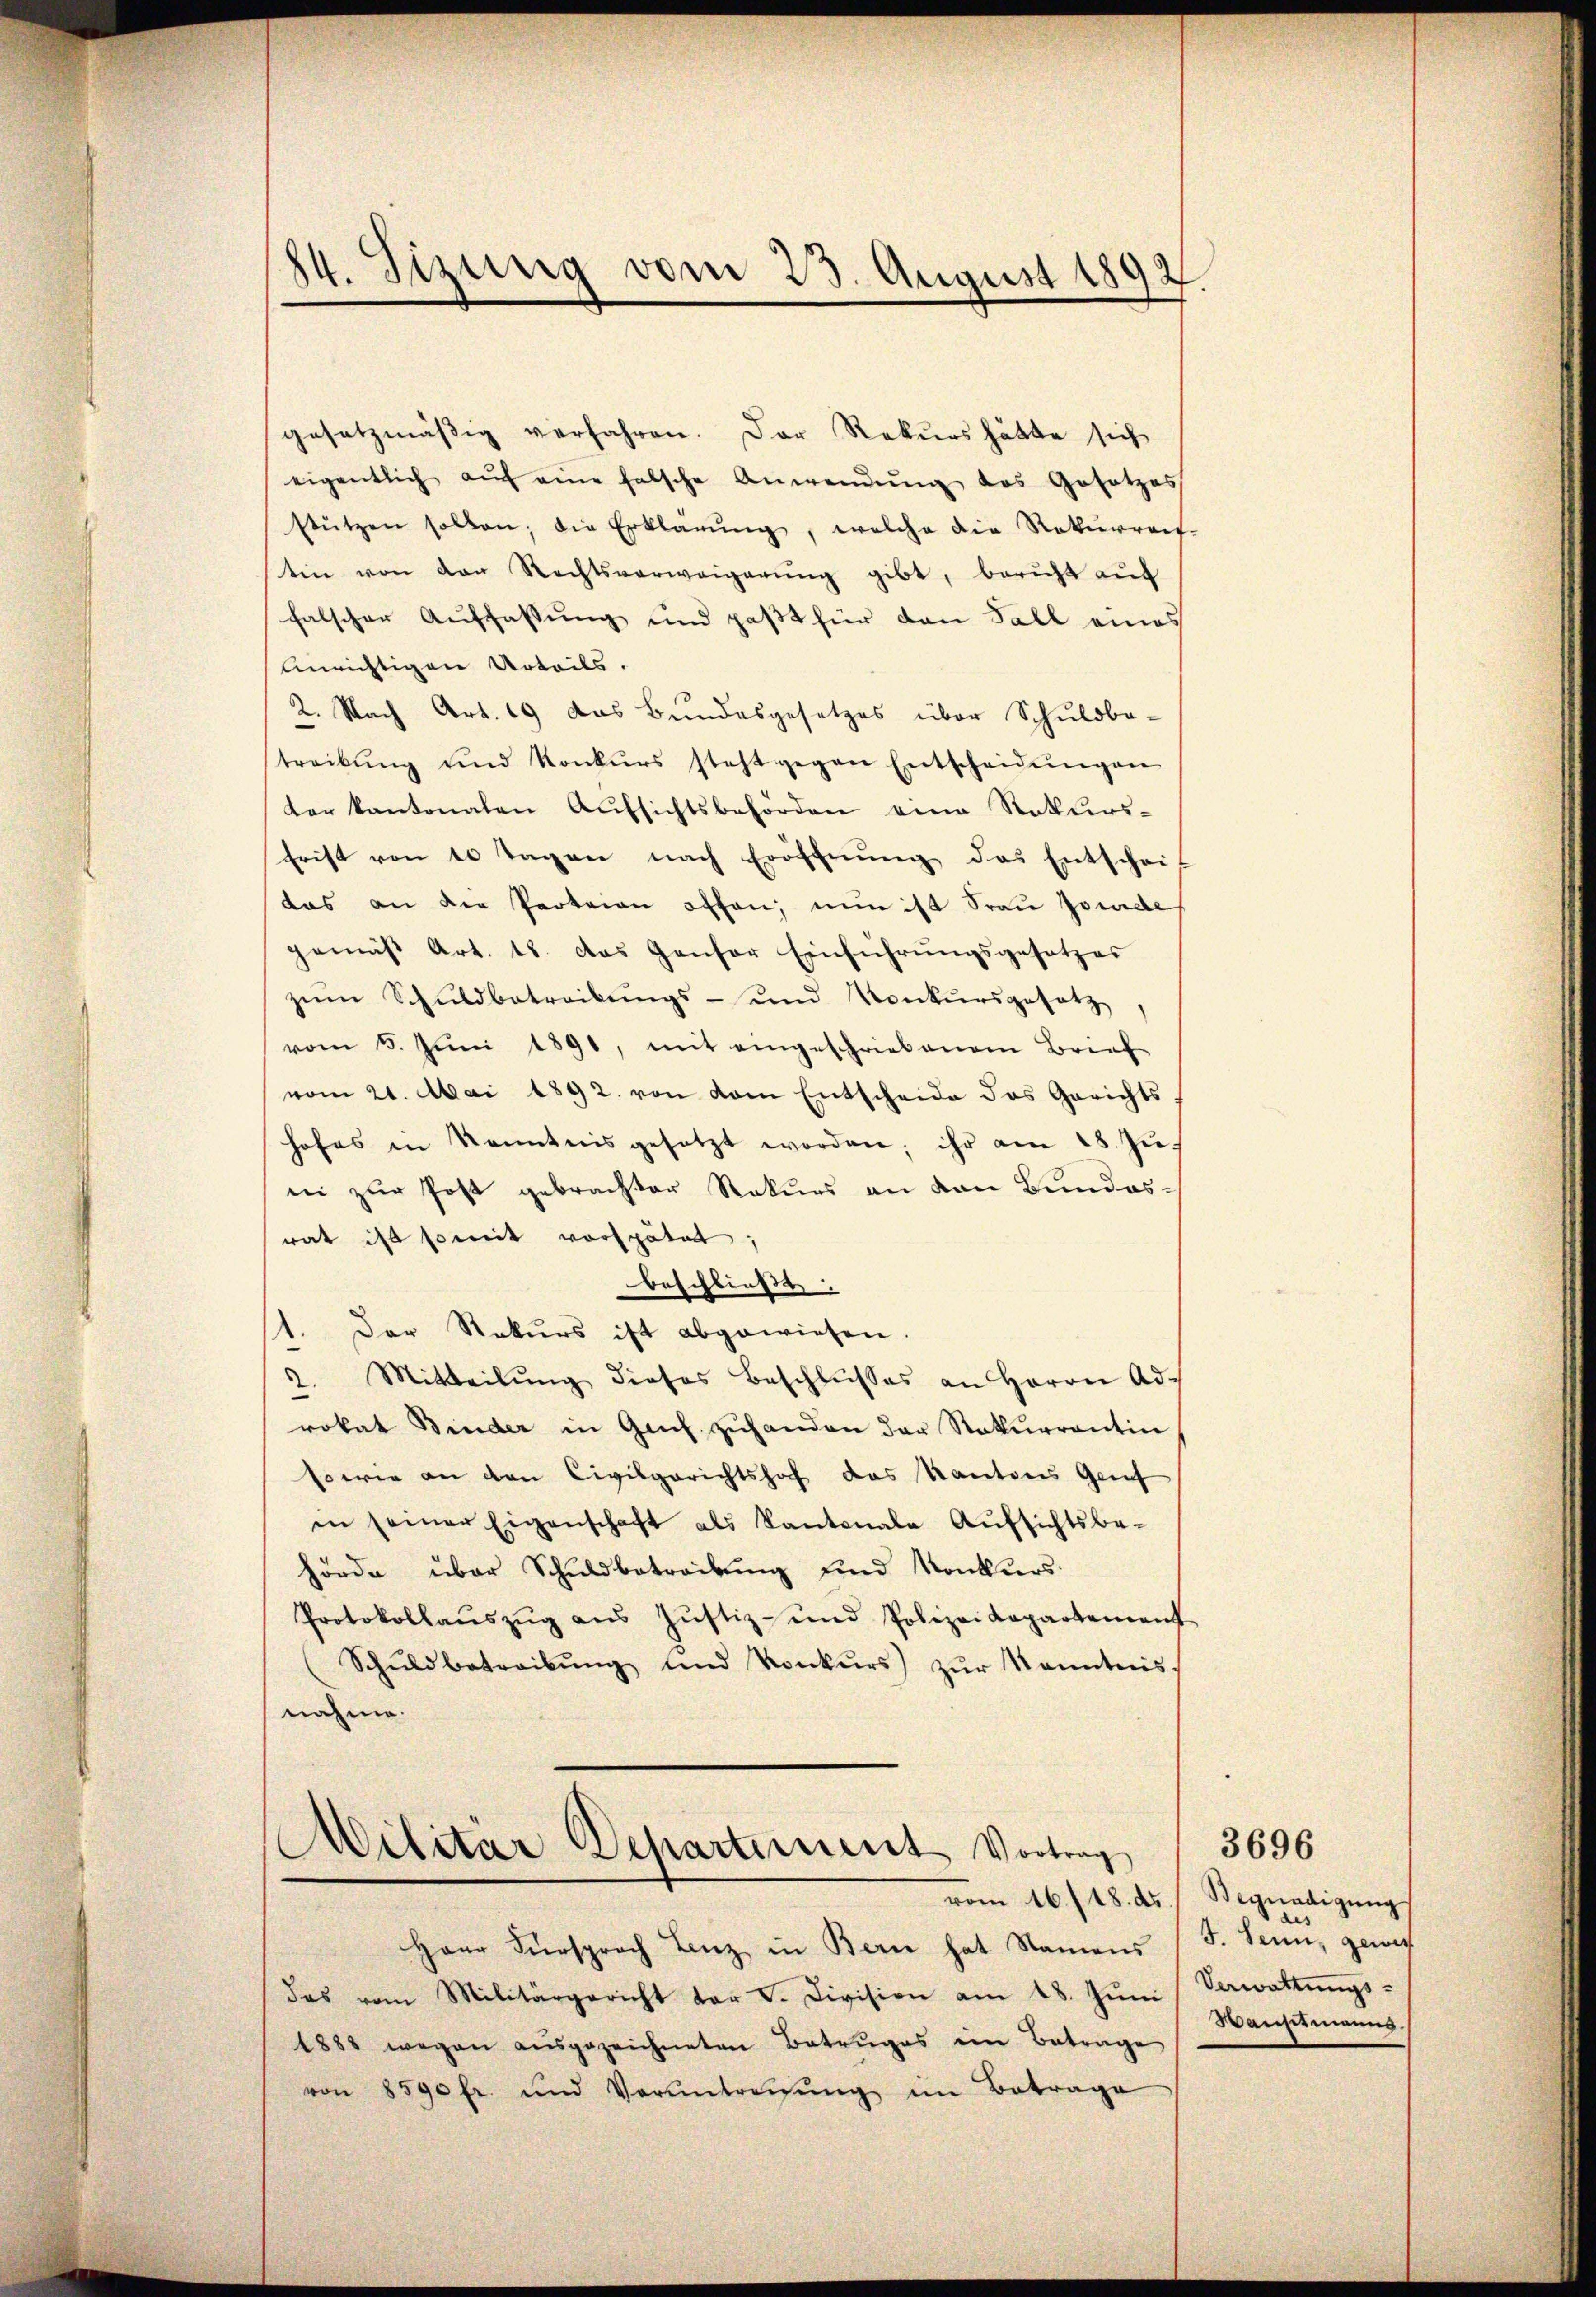
¬
24. Sizung vom 23. August 1892

gesetzmäßig verfahren. Der Rekurs hätte sich
eigentlich aŭf eine falsche Anwendŭng des Gesetzes
stützen sollen; die Erklärŭng, welche die Rekŭrreis-
tin von den Rechtsverweigerŭng gibt, bericht auf
falscher Auffassung und paßt für den Fall eines
Anrichtigen Urteils.
2. Nach Art. 19 das Bundesgesetzes über Schuldbe-
treibŭng und Konkŭrs steht gegen Entscheidŭngen
ter kantonalen Aufsichtsbehörden eine Rekurs-
frist von 10 Tagen nach Eröffnŭng des Entscheit
das an die Parteien offen, nun ist Frau fonde
gemäß Art. 18. das Gansor Einführungsgesetzes
zŭm Schuldbetreibŭngs- und Konkursgesetz
vom 5. Jŭni 1891, mit eingeschriebenem Brief
vom 21. Mai 1892. von dem Entscheide das Gerichts
hofes in Kenntnis gesetzt worden; ihr am 28. Ju
ni zŭr Post gebrachter Rekurs an den Bundesrat ist somit verspätet,
beschließt:
11. Der Rekurs ist abgewiesen.
2. Mitteilŭng dieses Beschlŭsses an Herrn Adrokat Binder in Genf zŭhanden der Rekurrentin
sowie an den Civilgerichtshof das Kantones Genf
in seiner Eigenschaft als Kantonale Aufsichtsbe-
hörde über Schuldbetreibung und Konkurs
Protokollaŭszŭg aŭs Jŭstiz- und Polizeidepartement
Schŭldbetreibŭng und Konkŭrs) zŭr Kenntnis.
nahme.

Militär Departement Vortrag
vom 16./18. ds.

Haur Fürsprach Lenz in Berne hat Namens
das vom Militärgericht der V. Division am 18. Jŭni Verwaltŭngs-
1888 wegen ausgezeichneten Betruges im Betrage
von 8590 fr. und Verantreitŭng im Betrage

Begnadigung
5. Senn, gewiss
Wanstmanns.

3696